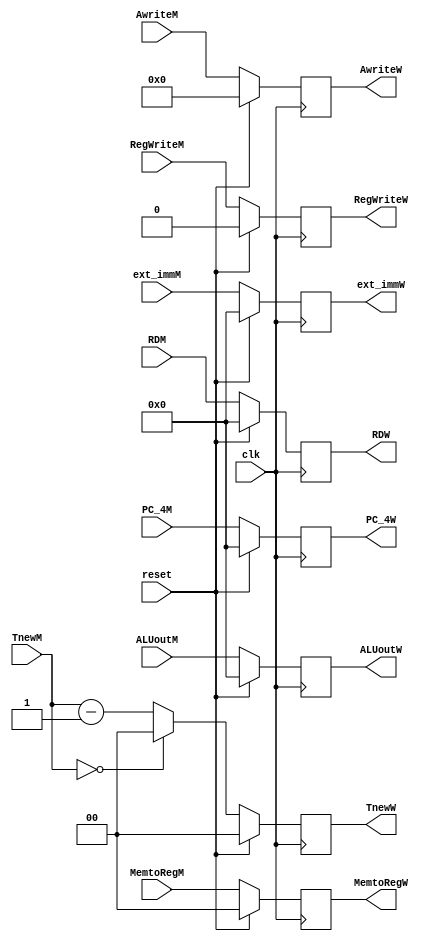
`timescale 1ns / 1ps
//////////////////////////////////////////////////////////////////////////////////
// Company: 
// Engineer: 
// 
// Design Name: 
// Module Name:    M_W_register 
// Project Name: 
// Target Devices: 
// Tool versions: 
// Description: 
//
// Dependencies: 
//
// Revision: 
// Revision 0.01 - File Created
// Additional Comments: 
//
//////////////////////////////////////////////////////////////////////////////////
module M_W_register(
	 input clk,
	 input reset,
    input RegWriteM,
    input [1:0] MemtoRegM,
    input [31:0] RDM,
    input [31:0] ALUoutM,
    input [31:0] PC_4M,
    input [31:0] ext_immM,
	 input [1:0] TnewM,
	 input [4:0] AwriteM,
    output reg RegWriteW,
    output reg [1:0] MemtoRegW,
    output reg [31:0] RDW,
    output reg [31:0] ALUoutW,
    output reg [31:0] PC_4W,
    output reg [31:0] ext_immW,
	 output reg [1:0] TnewW,
	 output reg [4:0] AwriteW
    );
	always@(posedge clk)
		begin
			if(reset)
				begin
					RegWriteW=1'b0;
					MemtoRegW=2'b00;
					RDW=32'd0;
					ALUoutW=32'd0;
					PC_4W=32'd0;
					ext_immW=32'd0;
					TnewW=2'b00;
					AwriteW=5'd0;
				end
			else
				begin
					RegWriteW=RegWriteM;
					MemtoRegW=MemtoRegM;
					RDW=RDM;
					ALUoutW=ALUoutM;
					PC_4W=PC_4M;
					ext_immW=ext_immM;
					AwriteW=AwriteM;
					if(TnewM==2'b00)
							TnewW=2'b00;
					else
							TnewW=TnewM-2'b01;
				end
		end
endmodule